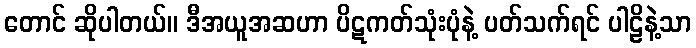
တောင် ဆိုပါတယ်။ ဒီအယူအဆဟာ ပိဋကတ်သုံးပုံနဲ့ ပတ်သက်ရင် ပါဠိနဲ့သာ